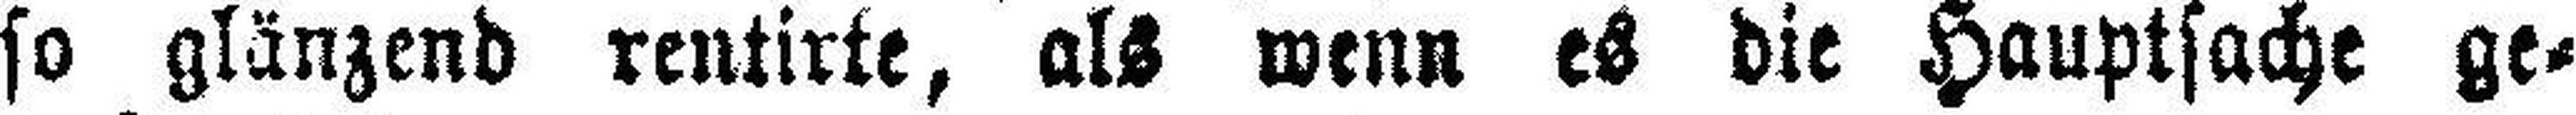
so glänzend rentirte, als wenn es die Hauptsache ge¬